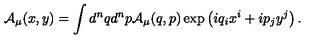
{ \mathcal { A } } _ { \mu } ( x , y ) = \int d ^ { n } q d ^ { n } p { \mathcal { A } } _ { \mu } ( q , p ) \exp \left( i q _ { i } x ^ { i } + i p _ { j } y ^ { j } \right) .